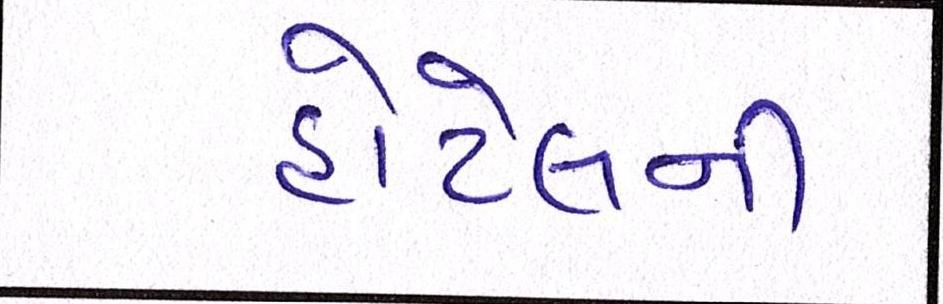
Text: હોટેલની